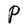
Character: P